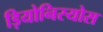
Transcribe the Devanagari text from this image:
ड़ियोनिस्योस